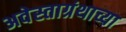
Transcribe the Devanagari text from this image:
अवेस्ताग्रंथाच्या